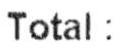
TOTAL :